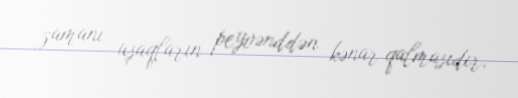
zamanı uşaqların peyvənddən kənar qalmasıdır.